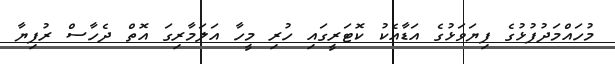
މުހައްމަދުފުޅުގެ ފިޔަވަޅުގެ އަޑާއެކު ކޮޓަރީގައި ހުރި މީހާ އަލަމާރިގަ އޮތް ދެހާސް ރުފިޔާ